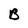
Character: B